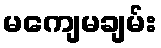
မကျေမချမ်း